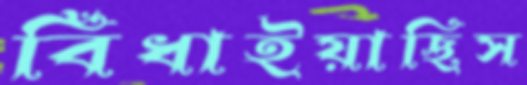
বিঁধাইয়াছিস